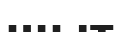
шыт